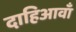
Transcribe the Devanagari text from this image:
दाहिआवाँ